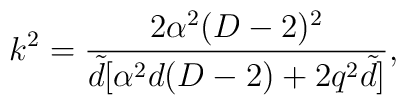
k^{2}=\frac{2\alpha^{2} (D-2)^{2}}{\tilde{d}[\alpha ^{2}d(D-2)+2q^{2}\tilde{d}]},